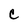
Character: C